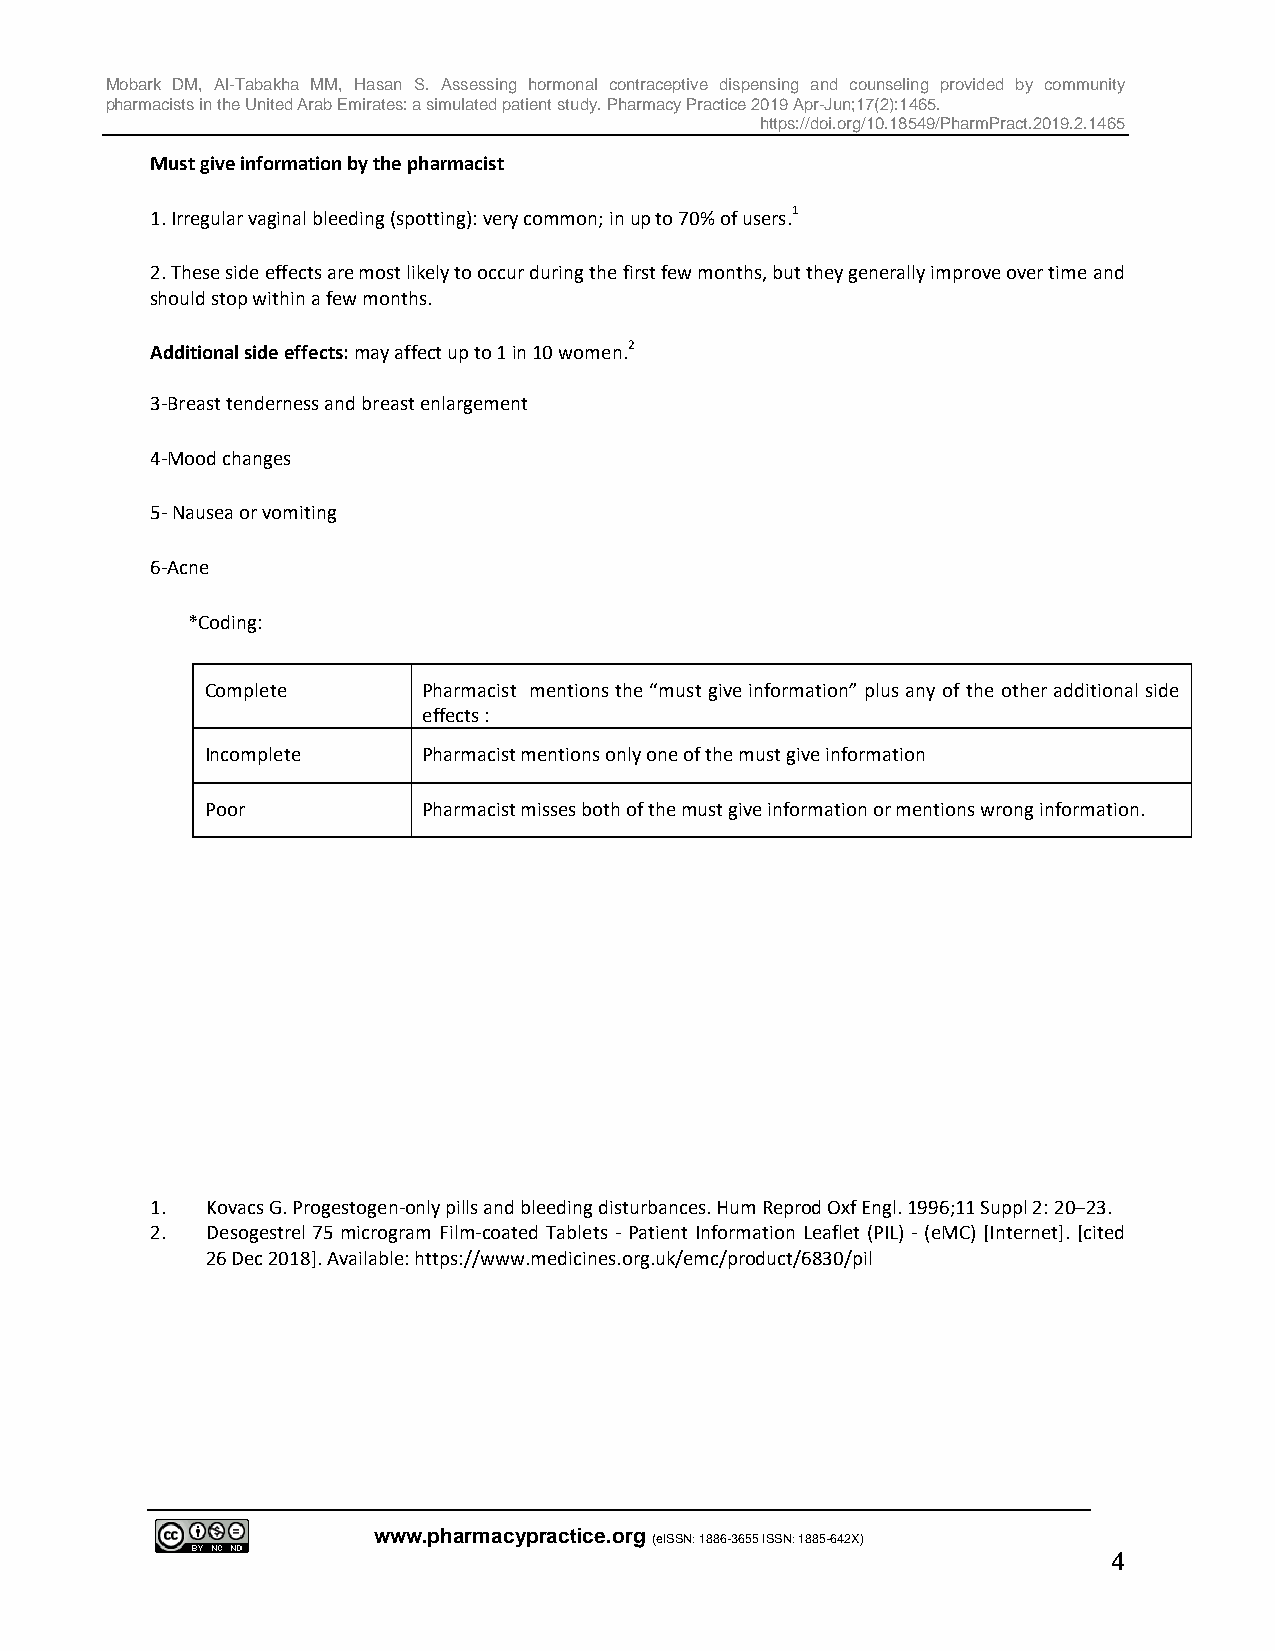
Mobark DM, Al-Tabakha MM, Hasan S. Assessing hormonal contraceptive dispensing and counseling provided by community
 pharmacists in the United Arab Emirates: a simulated patient study. Pharmacy Practice 2019 Apr-Jun;17(2):1465.
 https://doi.org/10.18549/PharmPract.2019.2.1465
 Must give information by the pharmacist
 1. Irregular vaginal bleeding (spotting): very common; in up to 70% of users.1
 2. These side effects are most likely to occur during the first few months, but they generally improve over time and
 should stop within a few months.
 Additional side effects: may affect up to 1 in 10 women.2
 3-Breast tenderness and breast enlargement
 4-Mood changes
 5- Nausea or vomiting
 6-Acne
 *Coding:
 Complete      Pharmacist mentions the “must give information” plus any of the other additional side
 effects :
 Incomplete    Pharmacist mentions only one of the must give information
 Poor          Pharmacist misses both of the must give information or mentions wrong information.
 1.  Kovacs G. Progestogen-only pills and bleeding disturbances. Hum Reprod Oxf Engl. 1996;11 Suppl 2: 20–23.
 2.  Desogestrel 75 microgram Film-coated Tablets - Patient Information Leaflet (PIL) - (eMC) [Internet]. [cited
 26 Dec 2018]. Available: https://www.medicines.org.uk/emc/product/6830/pil
 www.pharmacypractice.org
 (eISSN: 1886-3655 ISSN: 1885-642X)
 4